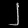
Digit: ၂